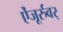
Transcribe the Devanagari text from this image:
ऐंजूर्रुवर्